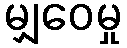
မျှဝေမှု